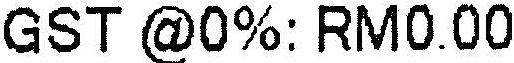
GST @0%: RM0.00